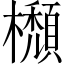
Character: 𣟩